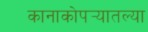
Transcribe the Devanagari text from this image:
कानाकोपर्‍यातल्या